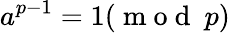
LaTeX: a^{p-1}=1(\mathrm{~m~o~d~}~p)